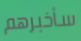
سأخبرهم